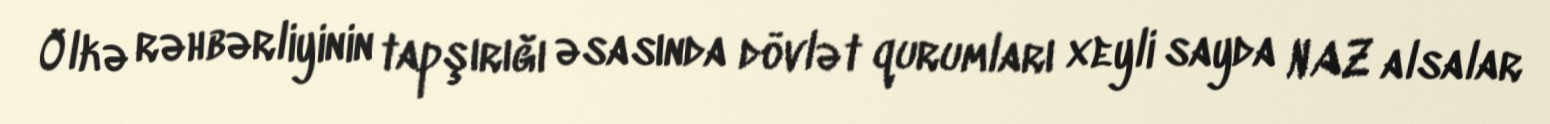
Ölkə rəhbərliyinin tapşırığı əsasında dövlət qurumları xeyli sayda NAZ alsalar